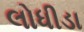
લોધીડા